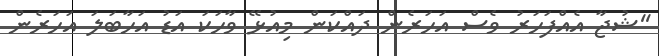
''ޝުޖާ އެއްފަހަރު ވެސް އަހަރެން ދައްކަން މިއުޅޭ ވާހަކަ އަޑު އަހާބަލަ އަހަރެން